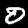
Digit: 0